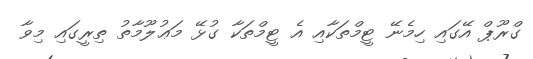
ގްރޫޕް އޭގައި ހިމެނޭ ޓީމްތަކާއި އެ ޓީމްތަކާ ގުޅޭ މަޢުލޫމާތު ތިރީގައި މިވާ